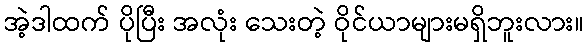
အဲ့ဒါထက် ပိုပြီး အလုံး သေးတဲ့ ဝိုင်ယာများမရှိဘူးလား။